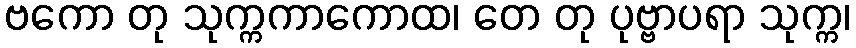
ဗကော တု သုက္ကကာကောထ၊ တေ တု ပုဗ္ဗာပရာ သုက္က၊